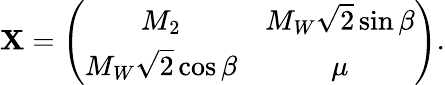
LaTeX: \mathbf{X}=\left(\begin{array}{cc}{{M_{2}}}&{{M_{W}\sqrt 2\sin\beta}}\\ {{M_{W}\sqrt 2\cos\beta}}&{{\mu}}\end{array}\right).